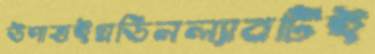
উপাত্তইগ্রডিনল্যাবটিই